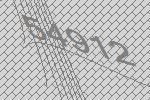
54912